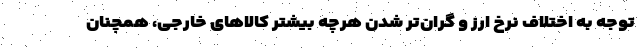
توجه به اختلاف نرخ ارز و گران‌تر شدن هرچه بیشتر کالاهای خارجی، همچنان